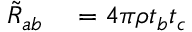
\begin{array} { r l } { \tilde { R } _ { a b } } & { { } = 4 \pi \rho t _ { b } t _ { c } } \end{array}